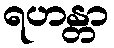
ရဟန္တာ